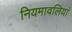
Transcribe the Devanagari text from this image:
नियमावलियां